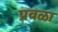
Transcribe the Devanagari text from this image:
प्रवळा